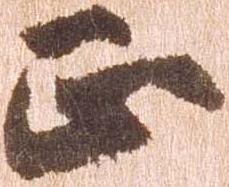
正